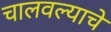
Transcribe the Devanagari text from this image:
चालवल्याचे